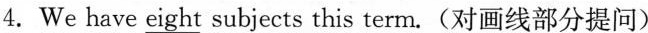
4. We have \underline{eight} subjects this term.(对画线部分提问)